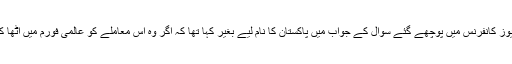
اقوام متحدہ میں بھارت کے مستقل مندوب سید اکبر الدین نے جمعے کو نیویارک میں ایک نیوز کانفرنس میں پوچھے گئے سوال کے جواب میں پاکستان کا نام لیے بغیر کہا تھا کہ اگر وہ اس معاملے کو عالمی فورم میں اٹھا کر اپنے وقار کو کم کرنا چاہتے ہیں تو کر لیں اس کے برعکس بھارت کا وقار بلند رہے گا۔